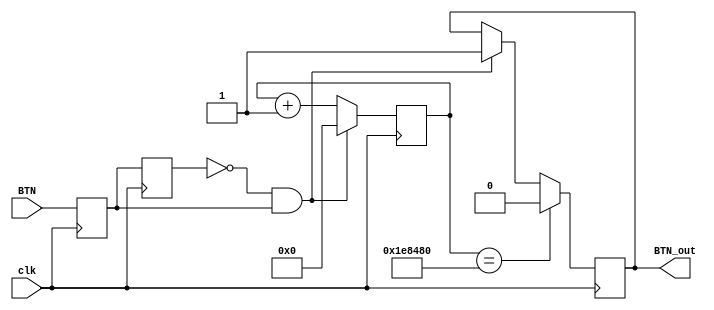
module BTN_OK(
		input clk,
		input BTN,
		output reg BTN_out
	);
	wire BTN_Down;
	reg BTN1;
	reg BTN2;
	reg [23:0] cnt;
	reg BTN_20ms_1, BTN_20ms_2;
	always @(posedge clk)
	begin
		BTN1 <= BTN;
		BTN2 <= BTN1;
	end
	assign BTN_Down = (~BTN2)&&BTN1;
	always @(posedge clk)
	begin
		if(BTN_Down)
			begin
				cnt <= 24'b0;
				BTN_out <= 1'b1;
			end
		else
			begin
				cnt<=cnt+1'b1;
			end
		if(cnt == 24'h1E8480)
			BTN_out <= 1'b0;
	end
endmodule